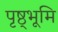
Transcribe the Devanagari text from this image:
पृष्ठ्भूमि